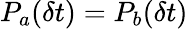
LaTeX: P_{a}(\delta t)=P_{b}(\delta t)